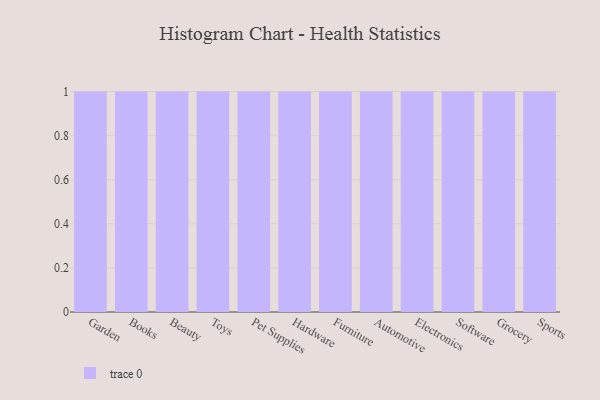
{"axis": {"x": "Category", "y": "Demand Index"}, "legend": [""], "data": [{"x": "Garden", "y": 76, "type": ""}, {"x": "Books", "y": 18, "type": ""}, {"x": "Beauty", "y": 19, "type": ""}, {"x": "Toys", "y": 23, "type": ""}, {"x": "Pet Supplies", "y": 38, "type": ""}, {"x": "Hardware", "y": 74, "type": ""}, {"x": "Furniture", "y": 66, "type": ""}, {"x": "Automotive", "y": 80, "type": ""}, {"x": "Electronics", "y": 62, "type": ""}, {"x": "Software", "y": 14, "type": ""}, {"x": "Grocery", "y": 69, "type": ""}, {"x": "Sports", "y": 88, "type": ""}]}